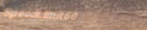
SpeedLimit60